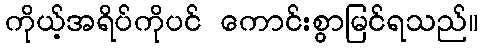
ကိုယ့်အရိပ်ကိုပင် ကောင်းစွာမြင်ရသည်။